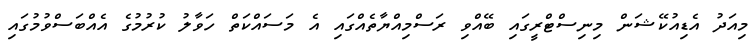
މިއަދު އެޑިއުކޭޝަން މިނިސްޓްރީގައި ބޭއްވި ރަސްމިއްޔާތެއްގަައި އެ މަސައްކަތް ހަވާލު ކުރުމުގެ އެއްބަސްވުމުގައި